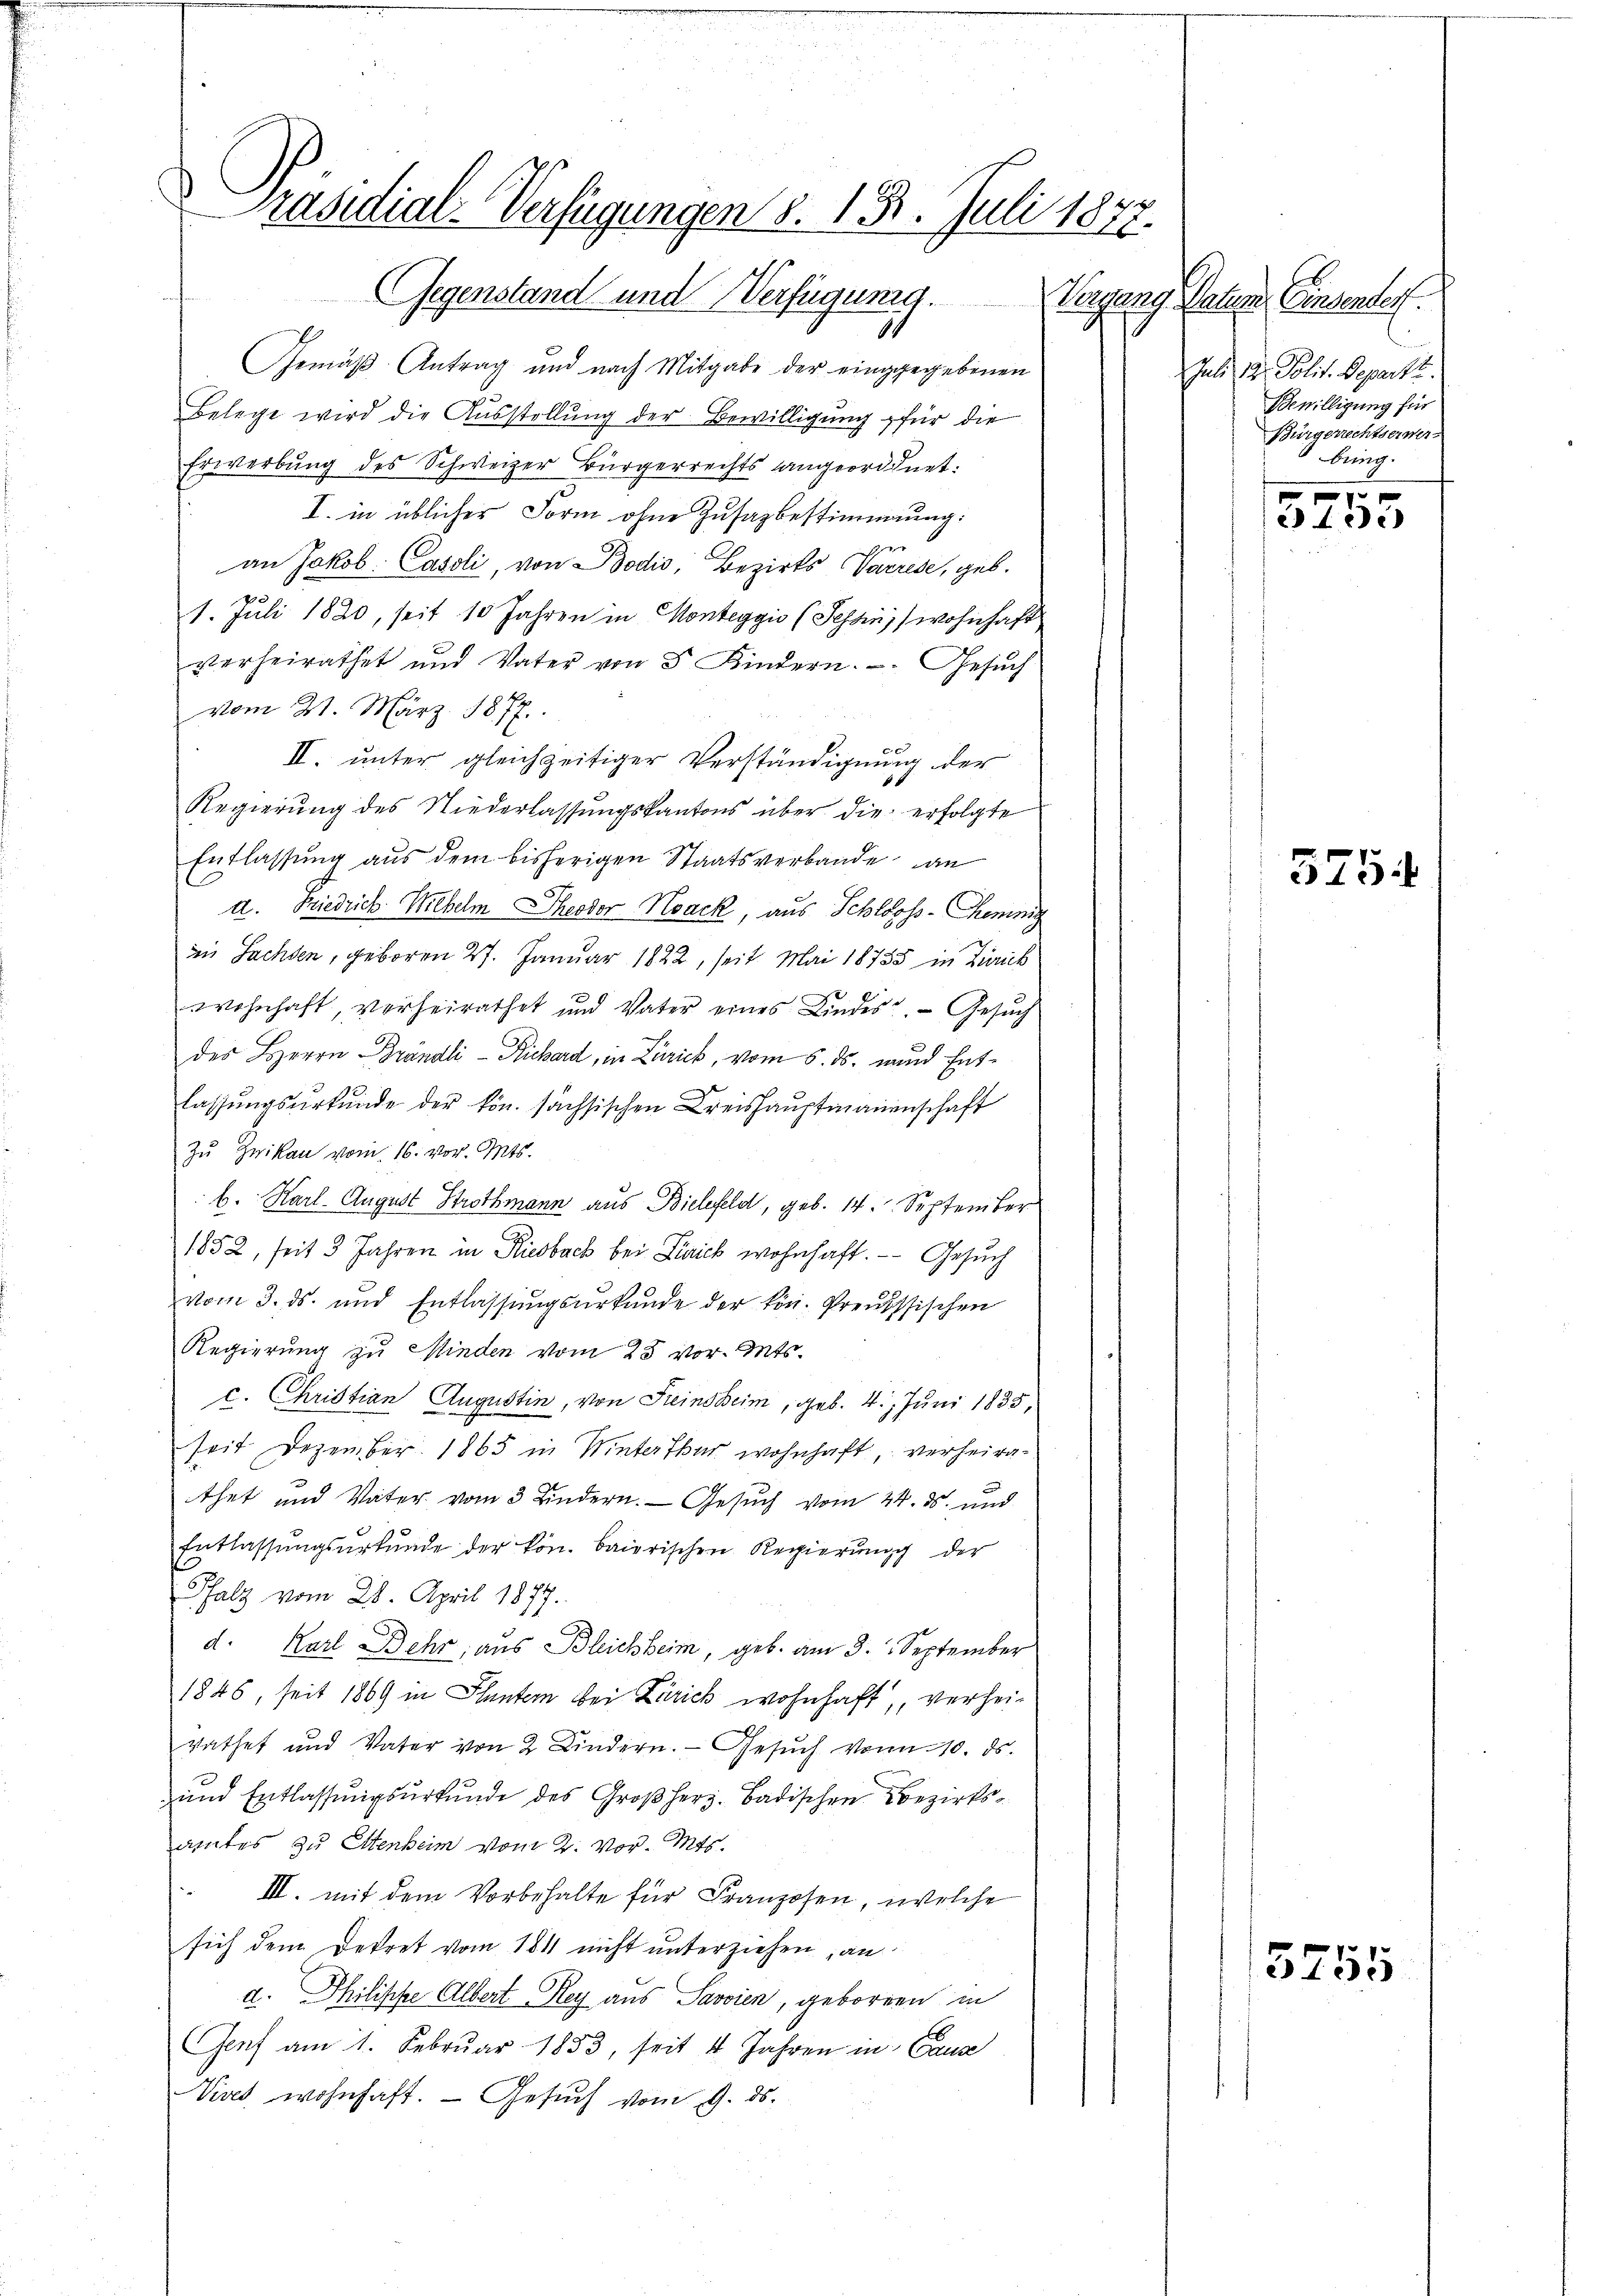
Präsidial-Verfügungen 5. 18. Juli 1872.
Gegenstand und Verfügung.

1
Gemäß Antrag und nach Mitgabe der eingegebenen
Belege wird die Aŭsstellŭng der Bewilligung für die
Erwerbung des Schweizer Bürgerrechts angeordnet.
I. in üblicher Form ohne Zusazbestimmung:

an Jakob Cassli, von Bodis, Bezirks Varrese, geb.
7
1. Juli 1820, seit 10 Jahren in Monteggio (Tessin, wohnhaft
verheirathet und Vater von 5 Kindern. Gesuch
vom 21. März 1877.
II. unter gleichzeitiger Verständigung der
Regierŭng des Niederlassŭngskantons über die erfolgte
Entlassung aus dem bisherigen Staatsverbande an
d. Friedrich Michelm Theodor Nack, aus Schlosss-Chemnig
in Sachsen, geboren 27. Januar 1822, seit Mai 18755 in Zürich
wohnhaft, verheirathet und Vater eines Lindes. Gesŭch
des HHerrn Brändli - Richard, in Zürick, vom 5. ds. und Entlassungsurkunde der kön. sächsischen Kreishauptmanenschaft
Zu Zwikau vom 16. vor. Mts.
b. Karl-August Strohmann aus Bielefeld, geb. 14. September
1852, seit 3 Jahren in Riesbach bei Zürich wohnhaft. — Gesuch
vom 3. ds. und Entlassungsurkunde der kön. Preussischen
Regierung zu Minden vom 25 vor. Mts.
c. Christian Augustin, von Freinsheim, geb. 4. Juni 1835,
seit Dezember 1865 in Winterthur wohnhaft, verheirathet und Vater vom 3 Kindern. Gesuch vom 24. ds. und
Entlassungsurkunde der kön. baierischen Regierung der
Pfalz vom 28. April 1877.
d. Karl Behr, aus Bleichheim, geb. am 3. September
1846, seit 1869 in Planten bei Zürich wohnhaft, verheirathet und Vater von 2 Kindern. Gesuch von 10. ds.
und Entlassungsurkunde des Großherz. Badischen Bezirksamtes zu Ettenbeim vom 2. vor. Mts.
III. mit dem Vorbehalte für Franzosen, welche
sich dem Dekret vom 1811 nicht unterziehen, an
d. Philische Albert Rey aus Savoien, geboren in
Genf am 1. Februar 1853, seit 4 Jahren in Cause
Viret wohnhaft. — Gesuch vom 9. ds.

Vergang Vater Einsender
Juli 12 Polit. Departe
Bewilligung für
Bürgerrechtseiner-
bring.

5755

5754

3755